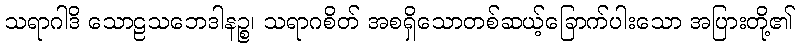
သရာဂါဒိ သောဠသဘေဒါနဉ္စ၊ သရာဂစိတ် အစရှိသောတစ်ဆယ့်ခြောက်ပါးသော အပြားတို့၏